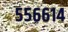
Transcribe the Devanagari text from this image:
५५६६१४